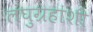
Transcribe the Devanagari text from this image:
लघुग्रहांशी